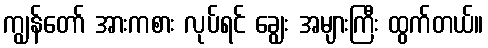
ကျွန်တော် အားကစား လုပ်ရင် ချွေး အများကြီး ထွက်တယ်။